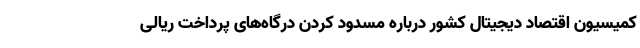
كميسيون اقتصاد ديجيتال كشور درباره مسدود كردن درگاه‌های پرداخت ريالی